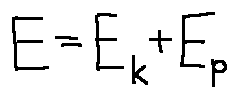
E = E _ { k } + E _ { p }